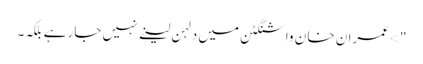
"> عمران خا ن واشنگٹن میں دلہن لینے نہیں جا رہے بلکہ۔